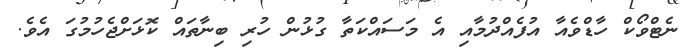
ނެޓްވޯކް ހާޑްވެއާ އުފެއްދުމާއި އެ މަސައްކަތާ ގުޅުން ހުރި ބިނާތައް ކޮޅަށްޖެހުމުގަ އެވެ.